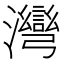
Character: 𱪆